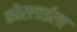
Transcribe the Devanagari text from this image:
कोरलाईला